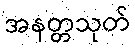
အနတ္တသုတ်